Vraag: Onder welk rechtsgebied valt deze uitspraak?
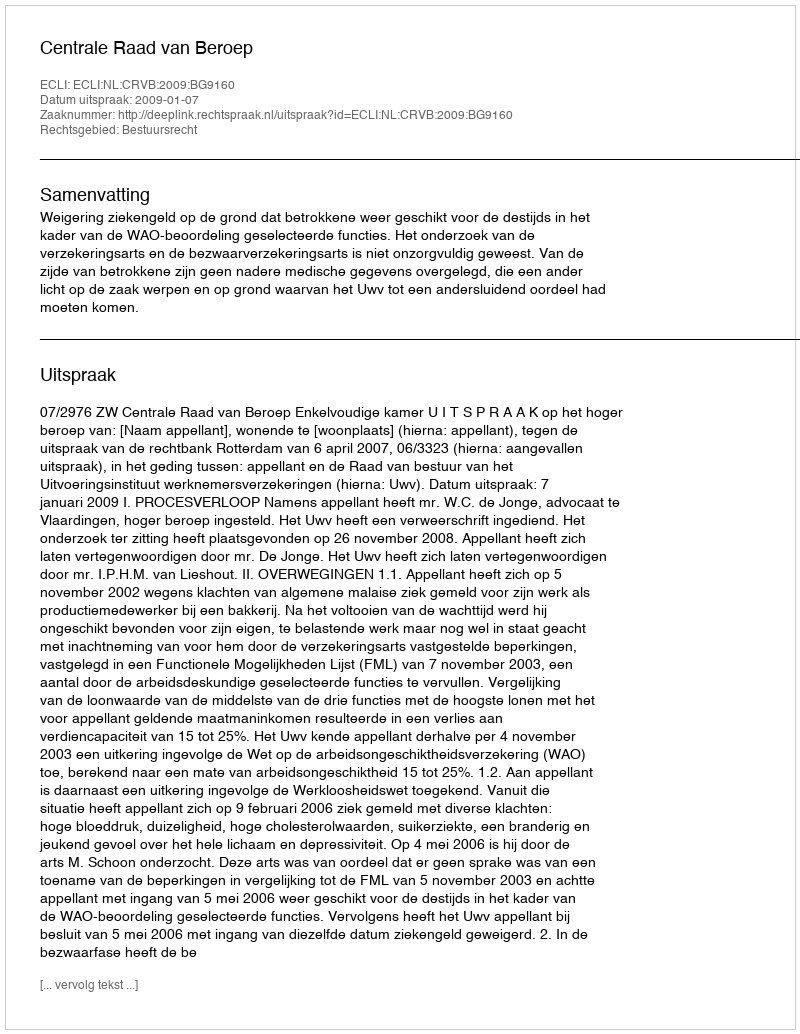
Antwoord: Bestuursrecht